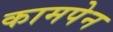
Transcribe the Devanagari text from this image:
कामपेन